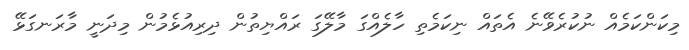
މިކަންކަމެއް ނުކުރެވޭނެ އެތައް ނިކަމެތި ހާލެއްގަ މާލޭގަ ރައްޔިތުން ދިރިއުޅެމުން މިދަނީ މާރަނގަޅޭ